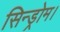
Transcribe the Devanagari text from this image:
सिन्ड्रोम।